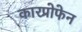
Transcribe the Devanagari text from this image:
कारप्रोफेन